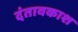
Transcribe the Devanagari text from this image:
दंतावकाश